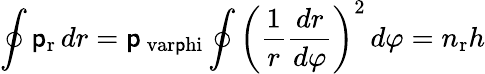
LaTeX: \oint\mathsf{p}_{\mathrm{{r}}}\, dr=\mathsf{p}_{\mathrm{{\ var\mathsf{p}hi}}}\oint\left({\frac{{1}}{{r}}}{\frac{{dr}}{{d\varphi}}}\right)^{2}\, d\varphi=n_{\mathrm{{r}}}h